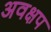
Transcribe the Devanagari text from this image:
अवक्षप